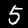
Label: 5